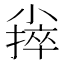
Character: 𪨃